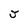
Character: J